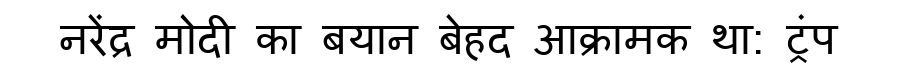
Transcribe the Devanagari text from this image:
नरेंद्र मोदी का बयान बेहद आक्रामक था: ट्रंप